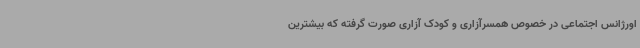
اورژانس اجتماعی در خصوص همسرآزاری و کودک آزاری صورت گرفته که بیشترین